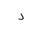
Letter: _dal